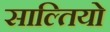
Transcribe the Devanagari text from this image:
साल्तियो